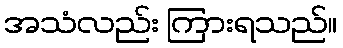
အသံလည်း ကြားရသည်။